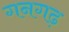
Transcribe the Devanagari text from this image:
गनगढ़